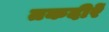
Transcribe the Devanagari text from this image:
तकदीरें